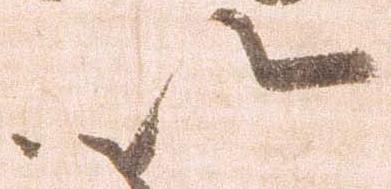
以